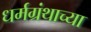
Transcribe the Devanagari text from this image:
धर्मग्रंथाच्या